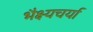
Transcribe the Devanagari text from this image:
भैक्ष्यचर्या